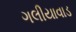
ગલીયાવાડ